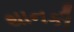
થાનકી